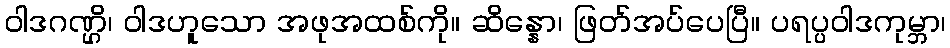
ဝါဒဂဏ္ဌိ၊ ဝါဒဟူသော အဖုအထစ်ကို။ ဆိန္နော၊ ဖြတ်အပ်ပေပြီ။ ပရပ္ပဝါဒကုမ္ဘာ၊